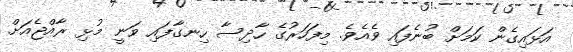
އަޅައިގެން ކަމަށް ބުނެފައި ވެއެވެ. މިފަހަރުގެ ހާދިސާ ހިނގާފައި ވަނީ މުޅި ރާއްޖެއަށް